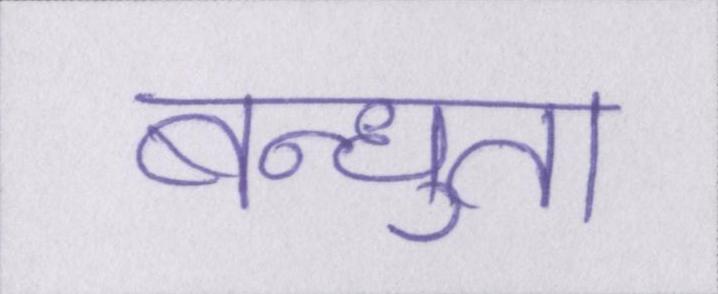
बन्धुता